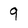
Character: q